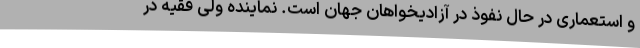
و استعماری در حال نفوذ در آزادیخواهان جهان است. نماینده ولی فقیه در